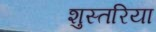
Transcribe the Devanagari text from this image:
शुस्तरिया